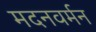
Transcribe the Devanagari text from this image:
मदनवर्मन